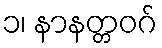
၁၊ နာနတ္တဝဂ်